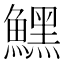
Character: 𩻤